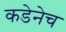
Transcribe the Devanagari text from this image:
कडेनेच